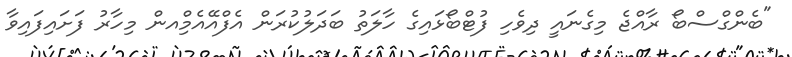
"ބެންގްސްބޯ ރާއްޖެ މިގެނައީ ދިވެހި ފުޓްބޯޅައިގެ ހާލަތު ބަދަލުކުރަން އެފްއޭއެމްިއން މިހާރު ފަށައިފައިވާ